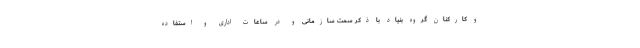
و کارکنان گروه بنیاد با ذکر سمت سازمانی و در ساعات اداری و استفاده